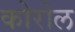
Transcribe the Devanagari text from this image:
कोरोल